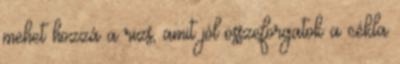
mehet hozzá a rizs, amit jól összeforgatok a cékla